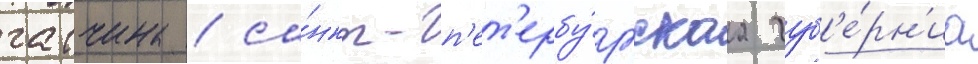
гатчина / са́нкт-п'ет'ербу́ргскаа губ'е́рн'иа